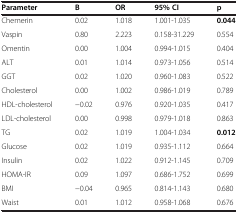
<table><thead><tr><td><b>Parameter</b></td><td><b>B</b></td><td><b>OR</b></td><td><b>95% CI</b></td><td><b>p</b></td></tr></thead><tbody><tr><td>Chemerin</td><td>0.02</td><td>1.018</td><td>1.001-1.035</td><td><b>0.044</b></td></tr><tr><td>Vaspin</td><td>0.80</td><td>2.223</td><td>0.158-31.229</td><td>0.554</td></tr><tr><td>Omentin</td><td>0.00</td><td>1.004</td><td>0.994-1.015</td><td>0.404</td></tr><tr><td>ALT</td><td>0.01</td><td>1.014</td><td>0.973-1.056</td><td>0.514</td></tr><tr><td>GGT</td><td>0.02</td><td>1.020</td><td>0.960-1.083</td><td>0.522</td></tr><tr><td>Cholesterol</td><td>0.00</td><td>1.002</td><td>0.986-1.019</td><td>0.789</td></tr><tr><td>HDL-cholesterol</td><td>−0.02</td><td>0.976</td><td>0.920-1.035</td><td>0.417</td></tr><tr><td>LDL-cholesterol</td><td>0.00</td><td>0.998</td><td>0.979-1.018</td><td>0.863</td></tr><tr><td>TG</td><td>0.02</td><td>1.019</td><td>1.004-1.034</td><td><b>0.012</b></td></tr><tr><td>Glucose</td><td>0.02</td><td>1.019</td><td>0.935-1.112</td><td>0.664</td></tr><tr><td>Insulin</td><td>0.02</td><td>1.022</td><td>0.912-1.145</td><td>0.709</td></tr><tr><td>HOMA-IR</td><td>0.09</td><td>1.097</td><td>0.686-1.752</td><td>0.699</td></tr><tr><td>BMI</td><td>−0.04</td><td>0.965</td><td>0.814-1.143</td><td>0.680</td></tr><tr><td>Waist</td><td>0.01</td><td>1.012</td><td>0.958-1.068</td><td>0.676</td></tr></tbody></table>